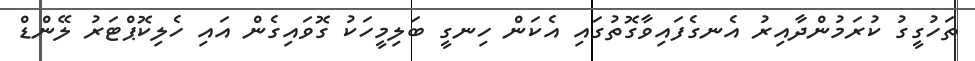
ތަހުގީގު ކުރަމުންދާއިރު އެނގެފައިވާގޮތުގައި އެކަން ހިނގީ ބަލިމީހަކު ގޮވައިގެން އައި ހެލިކޮޕްޓަރު ލޭންޑް